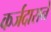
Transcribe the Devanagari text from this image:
कर्जदाराने